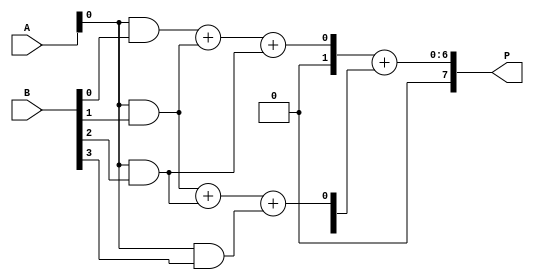
module wallace_tree_multiplier #(parameter N = 4) (
    input  [N-1:0] A,    // Multiplicand
    input  [N-1:0] B,    // Multiplier
    output reg [2*N-1:0] P // Product
);

    // Partial product generation
    wire [N-1:0] pp [0:N-1]; // Partial products
    generate
        genvar i, j;
        for (i = 0; i < N; i = i + 1) begin: partial_product_gen
            assign pp[i] = A & {N{B[i]}};
        end
    endgenerate

    // Wallace Tree Reduction
    wire [N+1:0] sum [0:N-1]; // Sum outputs of adders
    wire [N-1:0] carry [0:N-1]; // Carry outputs of adders

    // Stage 1 - Grouping and reducing partial products
    generate
        for (j = 0; j < N; j = j + 1) begin: reduction_stage1
            if (j < N-1) begin
                assign {carry[j][0], sum[j][0]} = pp[j][0] + pp[j+1][0] + pp[j+2][0]; // Example for 3 bits
                // Additional bits need to be handled similarly
            end
        end
    endgenerate

    // More stages can be added as needed
    // Final addition of remaining rows
    always @(*) begin
        P = 0; // Initialize product
        // Example of final addition, assuming final two rows are ready
        P = sum[0] + sum[1]; // Add the last two sums
    end

endmodule